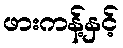
ဖားကန့်နှင့်